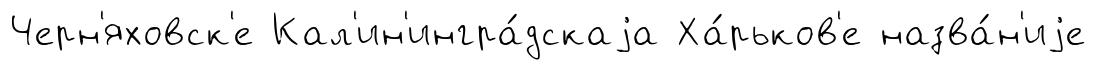
Черн'яховск'е Кал'ин'ингра́дскаjа Ха́рьков'е назва́н'иjе